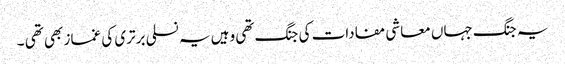
یہ جنگ جہاں معاشی مفادات کی جنگ تھی وہیں یہ نسلی برتری کی غماز بھی تھی ۔